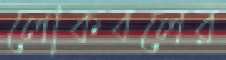
লোকবলের